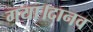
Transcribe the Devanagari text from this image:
गया।दानव